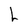
Character: L